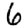
Digit: 6